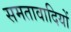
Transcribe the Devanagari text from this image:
समतावादियों